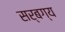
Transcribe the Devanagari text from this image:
सर्बग्य